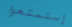
إستمتعوا